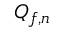
Q _ { f , n }